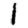
Digit: 1